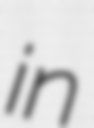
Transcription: in